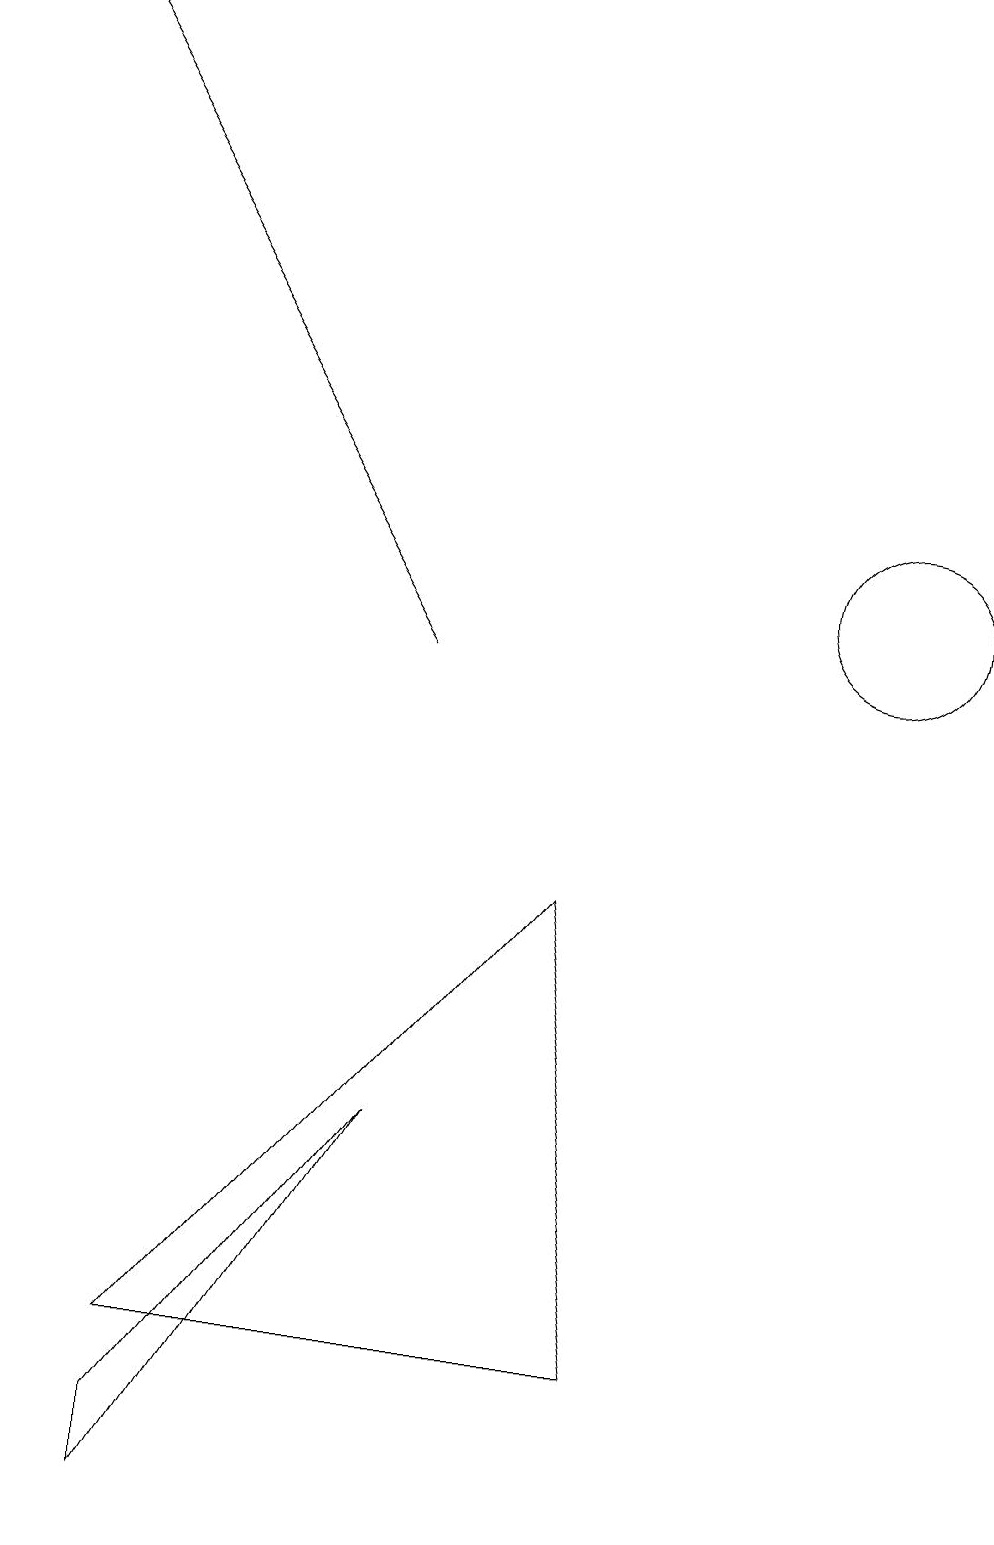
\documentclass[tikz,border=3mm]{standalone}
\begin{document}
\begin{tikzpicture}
\draw (3,0) -- (6,5) -- (3,1) -- cycle;
\draw[->] (6,11) -- (1,19);
\draw (9,2) -- (8,8) -- (3,2) -- cycle;
\draw (12,12) circle (1);
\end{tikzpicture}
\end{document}